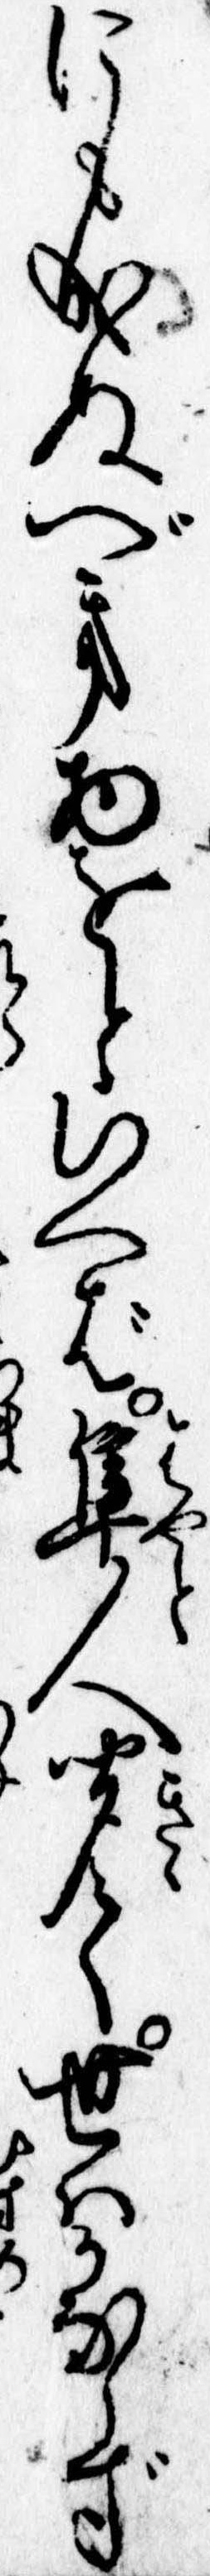
にも成ぬべき物をといへば隼人聞て世はかならず